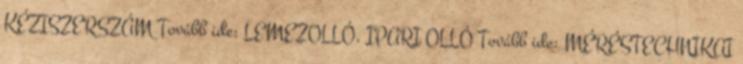
KÉZISZERSZÁM Tovább ide: LEMEZOLLÓ, IPARI OLLÓ Tovább ide: MÉRÉSTECHNIKAI